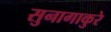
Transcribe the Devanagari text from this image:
सुनागाकुरे